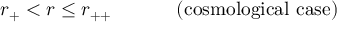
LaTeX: r _ { + } < r \leq r _ { + + } \ \ \ \ \ \ \ \ \ \mathrm { ~ ( c o s m o l o g i c a l ~ c a s e ) }